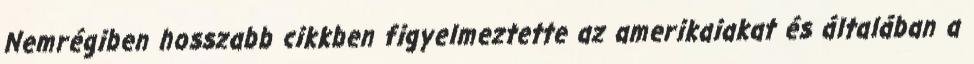
Nemrégiben hosszabb cikkben figyelmeztette az amerikaiakat és általában a